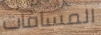
المسافات